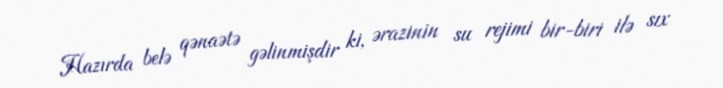
Hazırda belə qənaətə gəlinmişdir ki, ərazinin su rejimi bir-biri ilə sıx